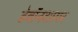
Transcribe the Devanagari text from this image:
डेवॉनशायर